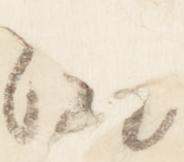
治